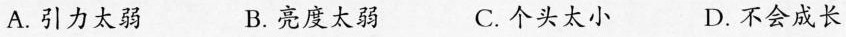
A. 引力太弱 B. 亮度太弱 C. 个头太小 D. 不会成长